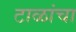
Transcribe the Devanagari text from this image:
टाळांचा